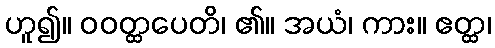
ဟူ၍။ ဝဝတ္ထပေတိ၊ ၏။ အယံ၊ ကား။ ဧတ္ထ၊